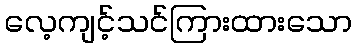
လေ့ကျင့်သင်ကြားထားသော